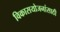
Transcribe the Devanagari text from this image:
विकासयोजनांसाठी